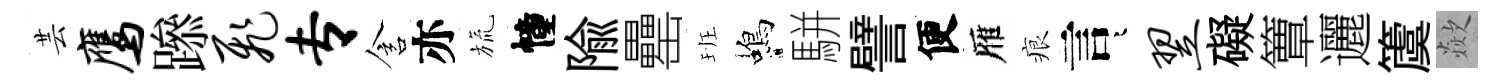
芸鹰𨅶飞专含亦旒幢隃罍班蝎駢譬便雁痕言迢翌礙簟邐𥵂歘